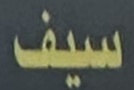
سيف